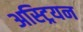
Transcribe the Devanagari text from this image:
अस्ट्रियन